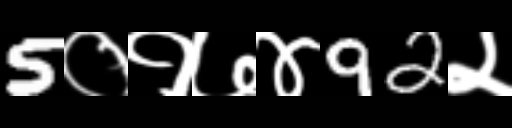
Text: 5०१७४92२